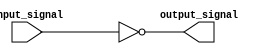
module inverting_buffer(input wire input_signal, output reg output_signal);

always @(input_signal)
    output_signal <= ~input_signal;

endmodule